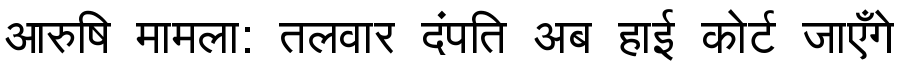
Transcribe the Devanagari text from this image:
आरुषि मामला: तलवार दंपति अब हाई कोर्ट जाएँगे